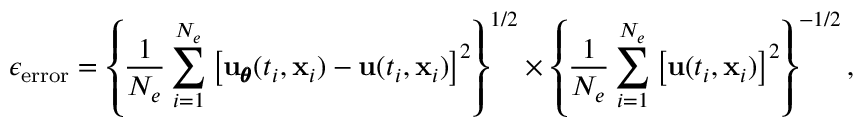
\epsilon _ { \mathrm { e r r o r } } = \left\{ \frac { 1 } { N _ { e } } \sum _ { i = 1 } ^ { N _ { e } } \left[ { \bf u } _ { \pmb \theta } ( t _ { i } , { \bf x } _ { i } ) - { \bf u } ( t _ { i } , { \bf x } _ { i } ) \right] ^ { 2 } \right\} ^ { 1 / 2 } \times \left\{ \frac { 1 } { N _ { e } } \sum _ { i = 1 } ^ { N _ { e } } \left[ { \bf u } ( t _ { i } , { \bf x } _ { i } ) \right] ^ { 2 } \right\} ^ { - 1 / 2 } ,